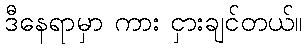
ဒီနေရာမှာ ကား ငှားချင်တယ်။